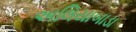
અલિયાબાડા